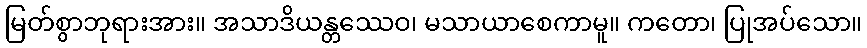
မြတ်စွာဘုရားအား။ အသာဒိယန္တဿေဝ၊ မသာယာစေကာမူ။ ကတော၊ ပြုအပ်သော။